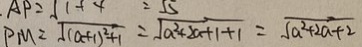
P M = \sqrt { ( a + 1 ) ^ { 2 } + 1 } = \sqrt { a ^ { 2 } + 2 a + 1 + 1 } = \sqrt { a ^ { 2 } + 2 a + 2 }